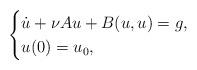
LaTeX: \begin{align*}\begin{cases}\dot{u} +\nu Au+B(u,u)=g,\\u(0)=u_0,\end{cases}\end{align*}